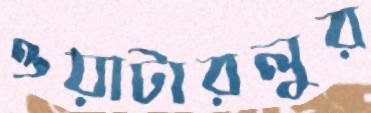
ওয়াটারলুর